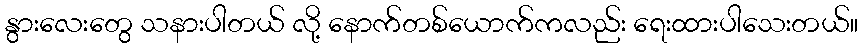
နွားလေးတွေ သနားပါတယ် လို့ နောက်တစ်ယောက်ကလည်း ရေးထားပါသေးတယ်။